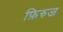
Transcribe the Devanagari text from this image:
फ़िरुज